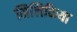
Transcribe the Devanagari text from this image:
मिलिकिया